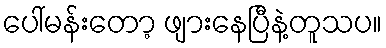
ပေါ်မန်းတော့ ဖျားနေပြီနဲ့တူသပ။